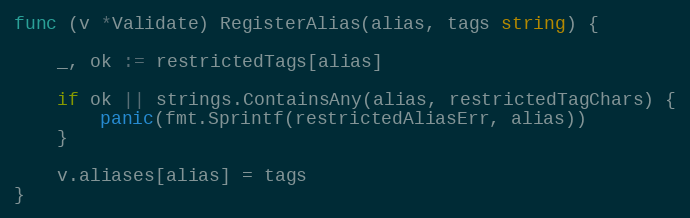
Language: Go
func (v *Validate) RegisterAlias(alias, tags string) {

	_, ok := restrictedTags[alias]

	if ok || strings.ContainsAny(alias, restrictedTagChars) {
		panic(fmt.Sprintf(restrictedAliasErr, alias))
	}

	v.aliases[alias] = tags
}